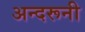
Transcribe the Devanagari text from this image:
अन्‍दरूनी